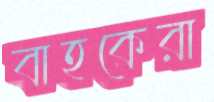
বাহকেরা